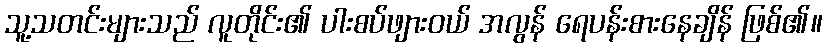
သူ့သတင်းများသည် လူတိုင်း၏ ပါးစပ်ဖျားဝယ် အလွန် ရေပန်းစားနေချိန် ဖြစ်၏။